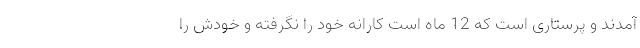
آمدند و پرستاری است که 12 ماه است کارانه خود را نگرفته و خودش را